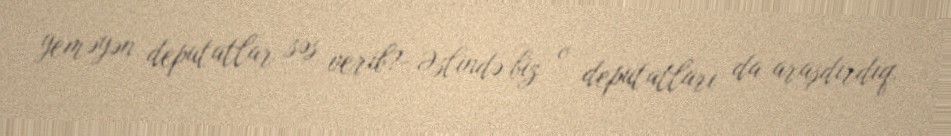
yeməyən deputatlar səs verib?- Əslində biz o deputatları da araşdırdıq.